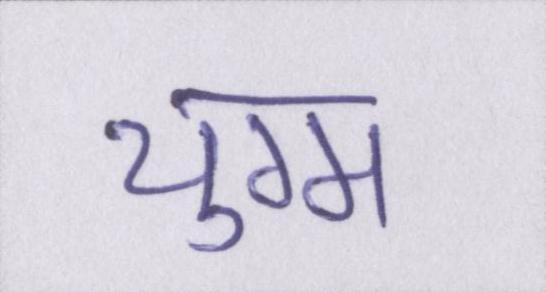
युग्म